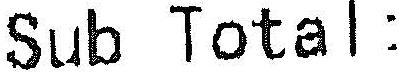
SUB TOTAL: